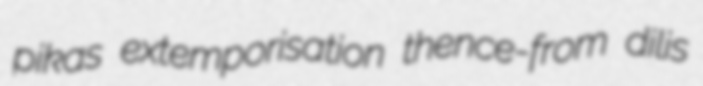
pikas extemporisation thence-from dilis